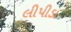
લીપીડા